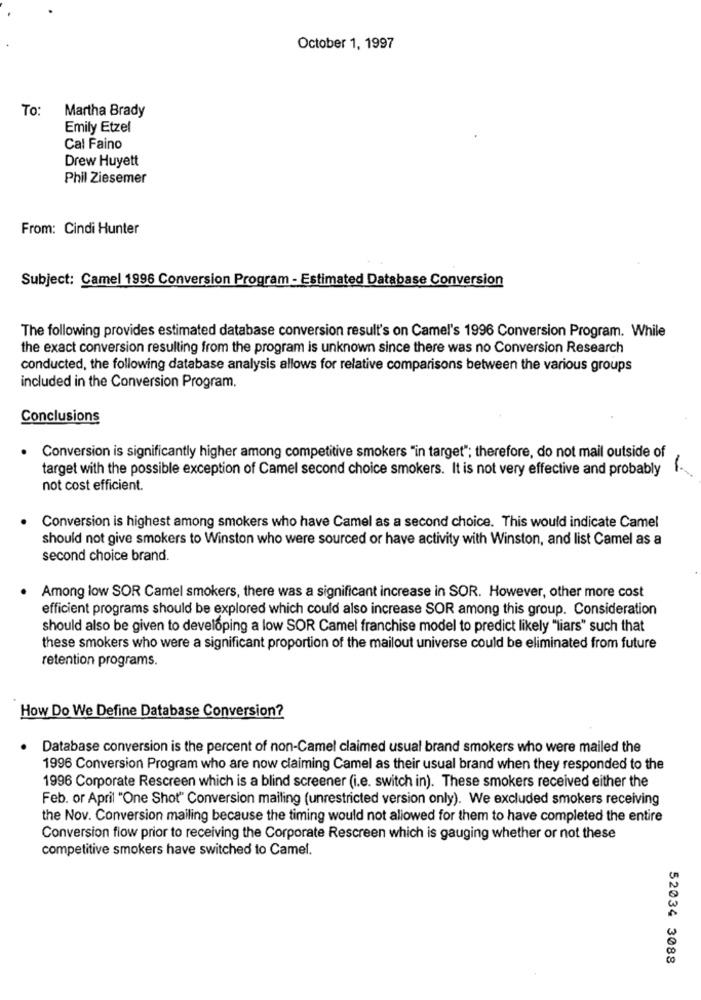
October 1, 1997
To:
Martha Brady
Emily Etzel
Cal Faino
Drew Huyett
Phil Ziesemer
From: Cindi Hunter
Subject: Camel 1996 Conversion Program - Estimated Database Conversion
The following provides estimated database conversion result's on Camel's 1996 Conversion Program. While
the exact conversion resulting from the program is unknown since there was no Conversion Research
conducted, the following database analysis allows for relative comparisons between the various groups
included in the Conversion Program.
Conclusions
· Conversion is significantly higher among competitive smokers "in target"; therefore, do not mail outside of
target with the possible exception of Camel second choice smokers. It is not very effective and probably f.
not cost efficient.
Conversion is highest among smokers who have Camel as a second choice. This would indicate Camel
should not give smokers to Winston who were sourced or have activity with Winston, and list Camel as a
second choice brand.
.
Among low SOR Camel smokers, there was a significant increase in SOR. However, other more cost
efficient programs should be explored which could also increase SOR among this group. Consideration
should also be given to developing a low SOR Camel franchise model to predict likely "liars" such that
these smokers who were a significant proportion of the mailout universe could be eliminated from future
retention programs.
How Do We Define Database Conversion?
Database conversion is the percent of non-Camel claimed usual brand smokers who were mailed the
1996 Conversion Program who are now claiming Camel as their usual brand when they responded to the
1996 Corporate Rescreen which is a blind screener (i.e. switch in). These smokers received either the
Feb. or April "One Shot" Conversion mailing (unrestricted version only). We excluded smokers receiving
the Nov. Conversion mailing because the timing would not allowed for them to have completed the entire
Conversion flow prior to receiving the Corporate Rescreen which is gauging whether or not these
competitive smokers have switched to Camel.
52034 3088